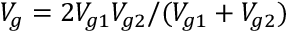
V _ { g } = 2 V _ { g 1 } V _ { g 2 } / ( V _ { g 1 } + V _ { g 2 } )